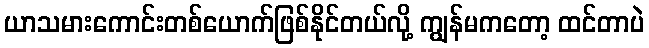
ယာသမားကောင်းတစ်ယောက်ဖြစ်နိုင်တယ်လို့ ကျွန်မကတော့ ထင်တာပဲ